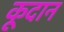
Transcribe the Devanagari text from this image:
कूदान